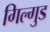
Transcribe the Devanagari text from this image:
गिल्गुड